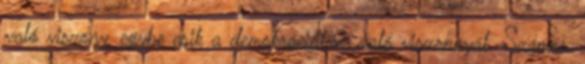
való viszony, egybe esik a demokráciához való viszonnyal. Számos,